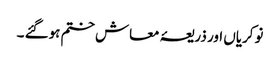
نوکریاں اور ذریعۂ معاش ختم ہوگئے ۔